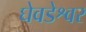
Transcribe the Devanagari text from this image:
घेवडेश्वर